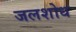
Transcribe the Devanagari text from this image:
जलशोध